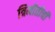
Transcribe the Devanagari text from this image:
त्रिमीतीची